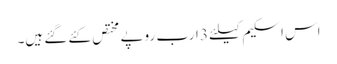
اس اسکیم کیلئے 3 ارب روپے مختص کئے گئے ہیں۔